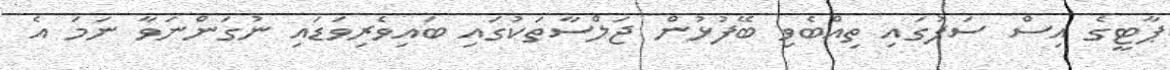
ޕާޓީގެ އިސް ސަފުގައި ތިއްބެވި ބޭފުޅުން ޖަލްސާތަކުގައި ބައިވެރިވަޑައި ނުގަންނަވާ ނަމަ އެ